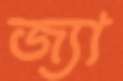
জ্যা